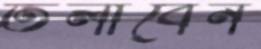
তলাবেন